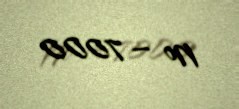
№ — 7000